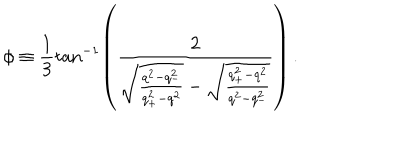
\phi \equiv \frac { 1 } { 3 } \tan ^ { - 1 } \left( \frac { 2 } { \sqrt { \frac { q ^ { 2 } - q _ { - } ^ { 2 } } { q _ { + } ^ { 2 } - q ^ { 2 } } } - \sqrt { \frac { q _ { + } ^ { 2 } - q ^ { 2 } } { q ^ { 2 } - q _ { - } ^ { 2 } } } } \right) \, .